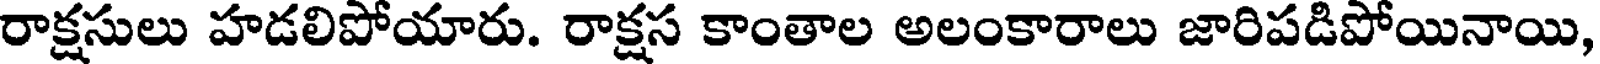
రాక్షసులు హడలిపోయారు. రాక్షస కాంతాల అలంకారాలు జారిపడిపోయినాయి,